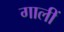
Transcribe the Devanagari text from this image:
गालीं